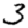
Digit: 3